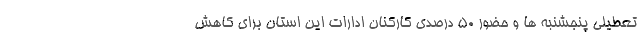
تعطیلی پنجشنبه ها و حضور ۵۰ درصدی کارکنان ادارات این استان برای کاهش